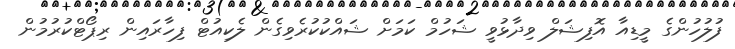
ފުލުހުންގެ މީޑިއާ އޮފިޝަލް ވިދާޅުވީ ޝަހުމް ކަމަށް ޝައްކުކުރެވިގެން ލެކިއުޓް ފިހާރައިން ރިޕޯޓްކުރުމުން